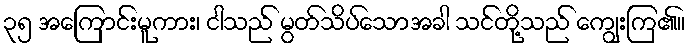
၃၅ အကြောင်းမူကား၊ ငါသည် မွတ်သိပ်သောအခါ သင်တို့သည် ကျွေးကြ၏။